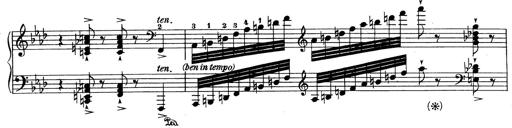
Title: Variationen Ã¼ber das Motiv von Bach
Composer: Franz Liszt